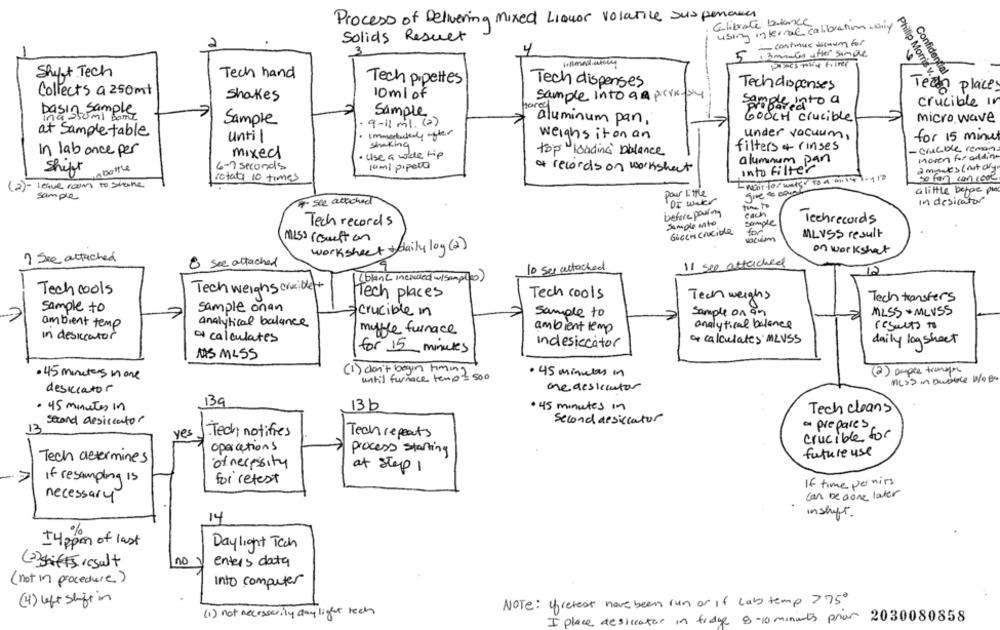
Process of Delivering Mixed LiQuor Volatile Suspensoun
Calibrate bilance
using internal calibration -only
Solids Result
-continue anum for
5
. 3minutes after sample
Shift Tech
Tech hand
Confidential
Tech pipettes
Tech dispenses
Techdispenses
Tech place
Collects a 250mt
Philip Morris v. ABC
Shakes
10 ml of
sample Into a & porkcky
herec
Ample into a
crucible in
Dasin Sample
Sample
GOOCH crucible
micro wave
Sample
. 9-11 ml. (2)
aluminum pan,
at Sample table
until
Immediately after
weighs it on an
under vacuum,
for 15 minut
Shaking
In lab once per
filters & rinses
·crucible remon
mixed
· Use a wiele tip
top" loading" balance
moven for adding
aluminum pan
6-7 seconds
10ml pipeta
of records on worksheet
into filter
amades (notdry
Ships
rotate 10 times
so fon con cool
(2)-
lesue room to shake
a little before plax
sample
Pour Little
give & cool
. see attached
Or wekr
In desicator
before paring
Cache
Techrecords
Tech records
Sample ento
GiGeneracide
MISS resuelton
MLVSS result
worksheet + daily log (2)
on worksheet
I See attached
8 see attached
11 sep attached
10 sec attached
12
( blanc included w/ Samples )
Tech weighs crucible
Tech cools
Tech places
Tech cools
Tech weighs
Tech transfers
sample onan
sample to
crucible in
sample to
Sample on an
MISS + MLUSS
ambient temp
analytical balance
analytical balance
results to
myble furnace
ambient lemp
in desiccator
af calculates
of calculates MLUSS
indesicator
daily log sheet
for 15 minutes
MAS MLSS
(1) don't begin timing
(2) suple transpor
. 45 minutes none
until furnace temps 500
· 45 minutes in
ML>> in Dubice weBe
desiccator
one desiccutor
139
. 45 minutes in
13b
. 45 minutes in
Tech cleans
Second assiccator
second desiccator
- prepares
13
yes
Tech notifies
Techrepeats
crucible for
operations
process starting
future use
Tech determines
of necesity
at step 1
If resampling is
for retest
If time permits
necessary
can be done later
inshift.
14
+4 ppm of last
Daylight Tech
(2)if result
no
enters data
(not in procedure)
Into computer
(4) left shift in
NOTe: 4fretest have been run or if lab temp >75
(1) not necessarily day light tech
I place desireator in frage 8-10 minuts phar 2030080858